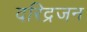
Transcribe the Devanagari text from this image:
दरिद्रजन